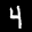
Label: 4